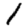
Digit: 1